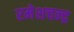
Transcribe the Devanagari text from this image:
रमेशचन्‍द्र